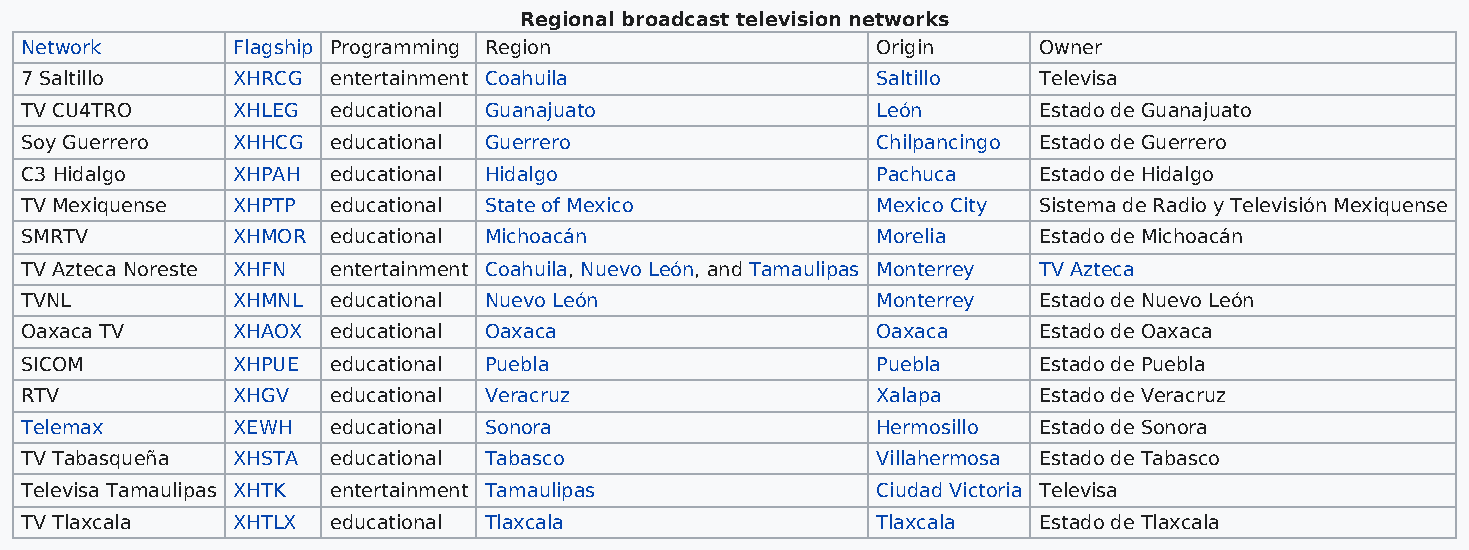
Regional broadcast television networks
 Network       Flagship Programming Region                Origin     Owner
 7 Saltillo    XHRCG  entertainment Coahuila              Saltillo   Televisa
 TV CU4TRO     XHLEG  educational Guanajuato              León       Estado de Guanajuato
 Soy Guerrero  XHHCG  educational Guerrero                Chilpancingo Estado de Guerrero
 C3 Hidalgo    XHPAH  educational Hidalgo                 Pachuca    Estado de Hidalgo
 TV Mexiquense XHPTP  educational State of Mexico         Mexico City Sistema de Radio y Televisión Mexiquense
 SMRTV         XHMOR  educational Michoacán               Morelia    Estado de Michoacán
 TV Azteca Noreste XHFN entertainment Coahuila, Nuevo León, and Tamaulipas Monterrey TV Azteca
 TVNL          XHMNL  educational Nuevo León              Monterrey  Estado de Nuevo León
 Oaxaca TV     XHAOX  educational Oaxaca                  Oaxaca     Estado de Oaxaca
 SICOM         XHPUE  educational Puebla                  Puebla     Estado de Puebla
 RTV           XHGV   educational Veracruz                Xalapa     Estado de Veracruz
 Telemax       XEWH   educational Sonora                  Hermosillo Estado de Sonora
 TV Tabasqueña XHSTA  educational Tabasco                 Villahermosa Estado de Tabasco
 Televisa Tamaulipas XHTK entertainment Tamaulipas        Ciudad Victoria Televisa
 TV Tlaxcala   XHTLX  educational Tlaxcala                Tlaxcala   Estado de Tlaxcala